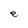
Character: e